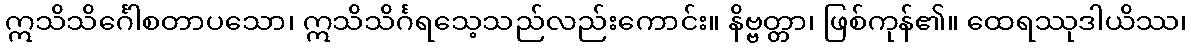
ဣသိသိင်္ဂေါစတာပသော၊ ဣသိသိင်္ဂရသေ့သည်လည်းကောင်း။ နိဗ္ဗတ္တာ၊ ဖြစ်ကုန်၏။ ထေရဿုဒါယိဿ၊